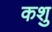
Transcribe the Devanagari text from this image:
कशु